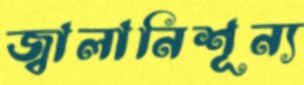
জ্বালানিশূন্য